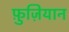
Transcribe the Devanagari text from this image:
फ़ुज़ियान